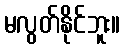
မလွတ်နိုင်ဘူး။